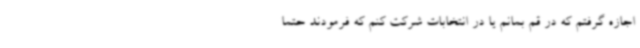
اجازه گرفتم که در قم بمانم یا در انتخابات شرکت کنم که فرمودند حتما